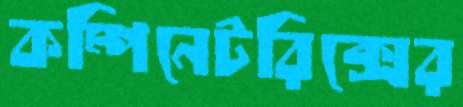
কম্পিনেটরিক্সের